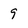
Character: 9